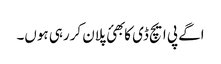
اگے پی ایچ ڈی کا بھئ پلان کررہی ہوں۔